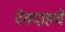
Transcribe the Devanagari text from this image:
देवदाहचे